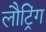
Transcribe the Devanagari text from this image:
लौट्रिंग